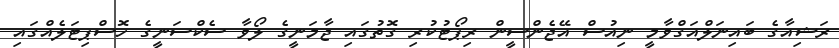
ރަޝިއާގެ ބައިނަލްއަގްވާމީ ނިއުސް އޭޖެންސީން ރިޕޯޓުކުރި ގޮތުގައި ޖާމަނީގެ ލޯވާ ސެކްސަނީގެ ހޮސްޕިޓަލެއްގައި